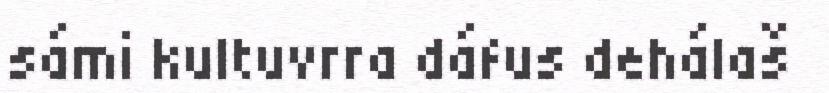
sámi kultuvrra dáfus dehálaš